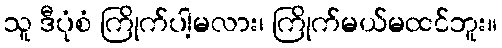
သူ ဒီပုံစံ ကြိုက်ပါ့မလား၊ ကြိုက်မယ်မထင်ဘူး။